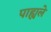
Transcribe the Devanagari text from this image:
पाह्यले